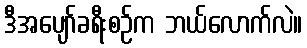
ဒီအပျော်ခရီးစဉ်က ဘယ်လောက်လဲ။